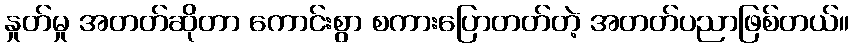
နှုတ်မှု အတတ်ဆိုတာ ကောင်းစွာ စကားပြောတတ်တဲ့ အတတ်ပညာဖြစ်တယ်။